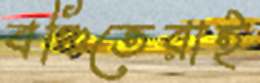
বঞ্চিতেরাই